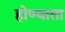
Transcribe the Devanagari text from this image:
होण्याता